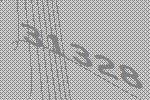
31328